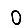
Digit: 0